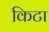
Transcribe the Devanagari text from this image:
किटा